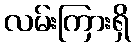
လမ်းကြားရှိ